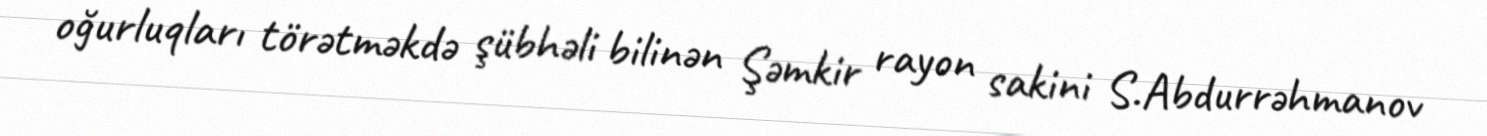
oğurluqları törətməkdə şübhəli bilinən Şəmkir rayon sakini S.Abdurrəhmanov